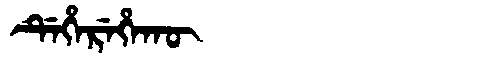
Manchu: ᡩᡝᡥᡝᡵᡝᡥᠠᡴᡡ
Romanization: DEHEREHAKŪ